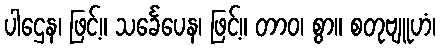
ပါဌေန၊ ဖြင့်။ သင်္ခေပေန၊ ဖြင့်။ တာဝ၊ စွာ။ စတုဗျူဟံ၊